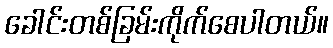
ခေါင်းတစ်ခြမ်းကိုက်စေပါတယ်။